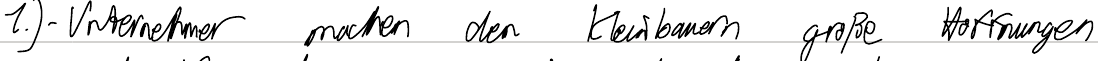
1.) - Unternehmer machen den Kleinbauern große Hoffnungen